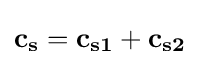
\mathbf {c_{s}=c_{s1}+c_{s2}}